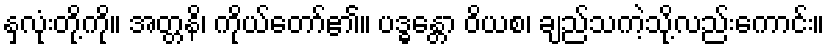
နှလုံးတို့ကို။ အတ္တနိ၊ ကိုယ်တော်၏။ ပဒ္ဓန္တော ဝိယစ၊ ချည်သကဲ့သို့လည်းကောင်း။